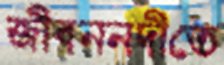
জীবননদীতে